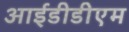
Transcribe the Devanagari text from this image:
आईडीडीएम